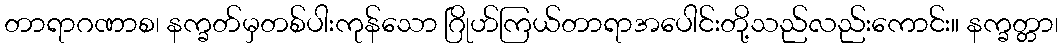
တာရာဂဏာစ၊ နက္ခတ်မှတစ်ပါးကုန်သော ဂြိုဟ်ကြယ်တာရာအပေါင်းတို့သည်လည်းကောင်း။ နက္ခတ္တာ၊